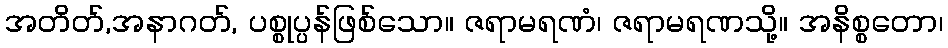
အတိတ်,အနာဂတ်, ပစ္စုပ္ပန်ဖြစ်သော။ ဇရာမရဏံ၊ ဇရာမရဏသို့။ အနိစ္စတော၊